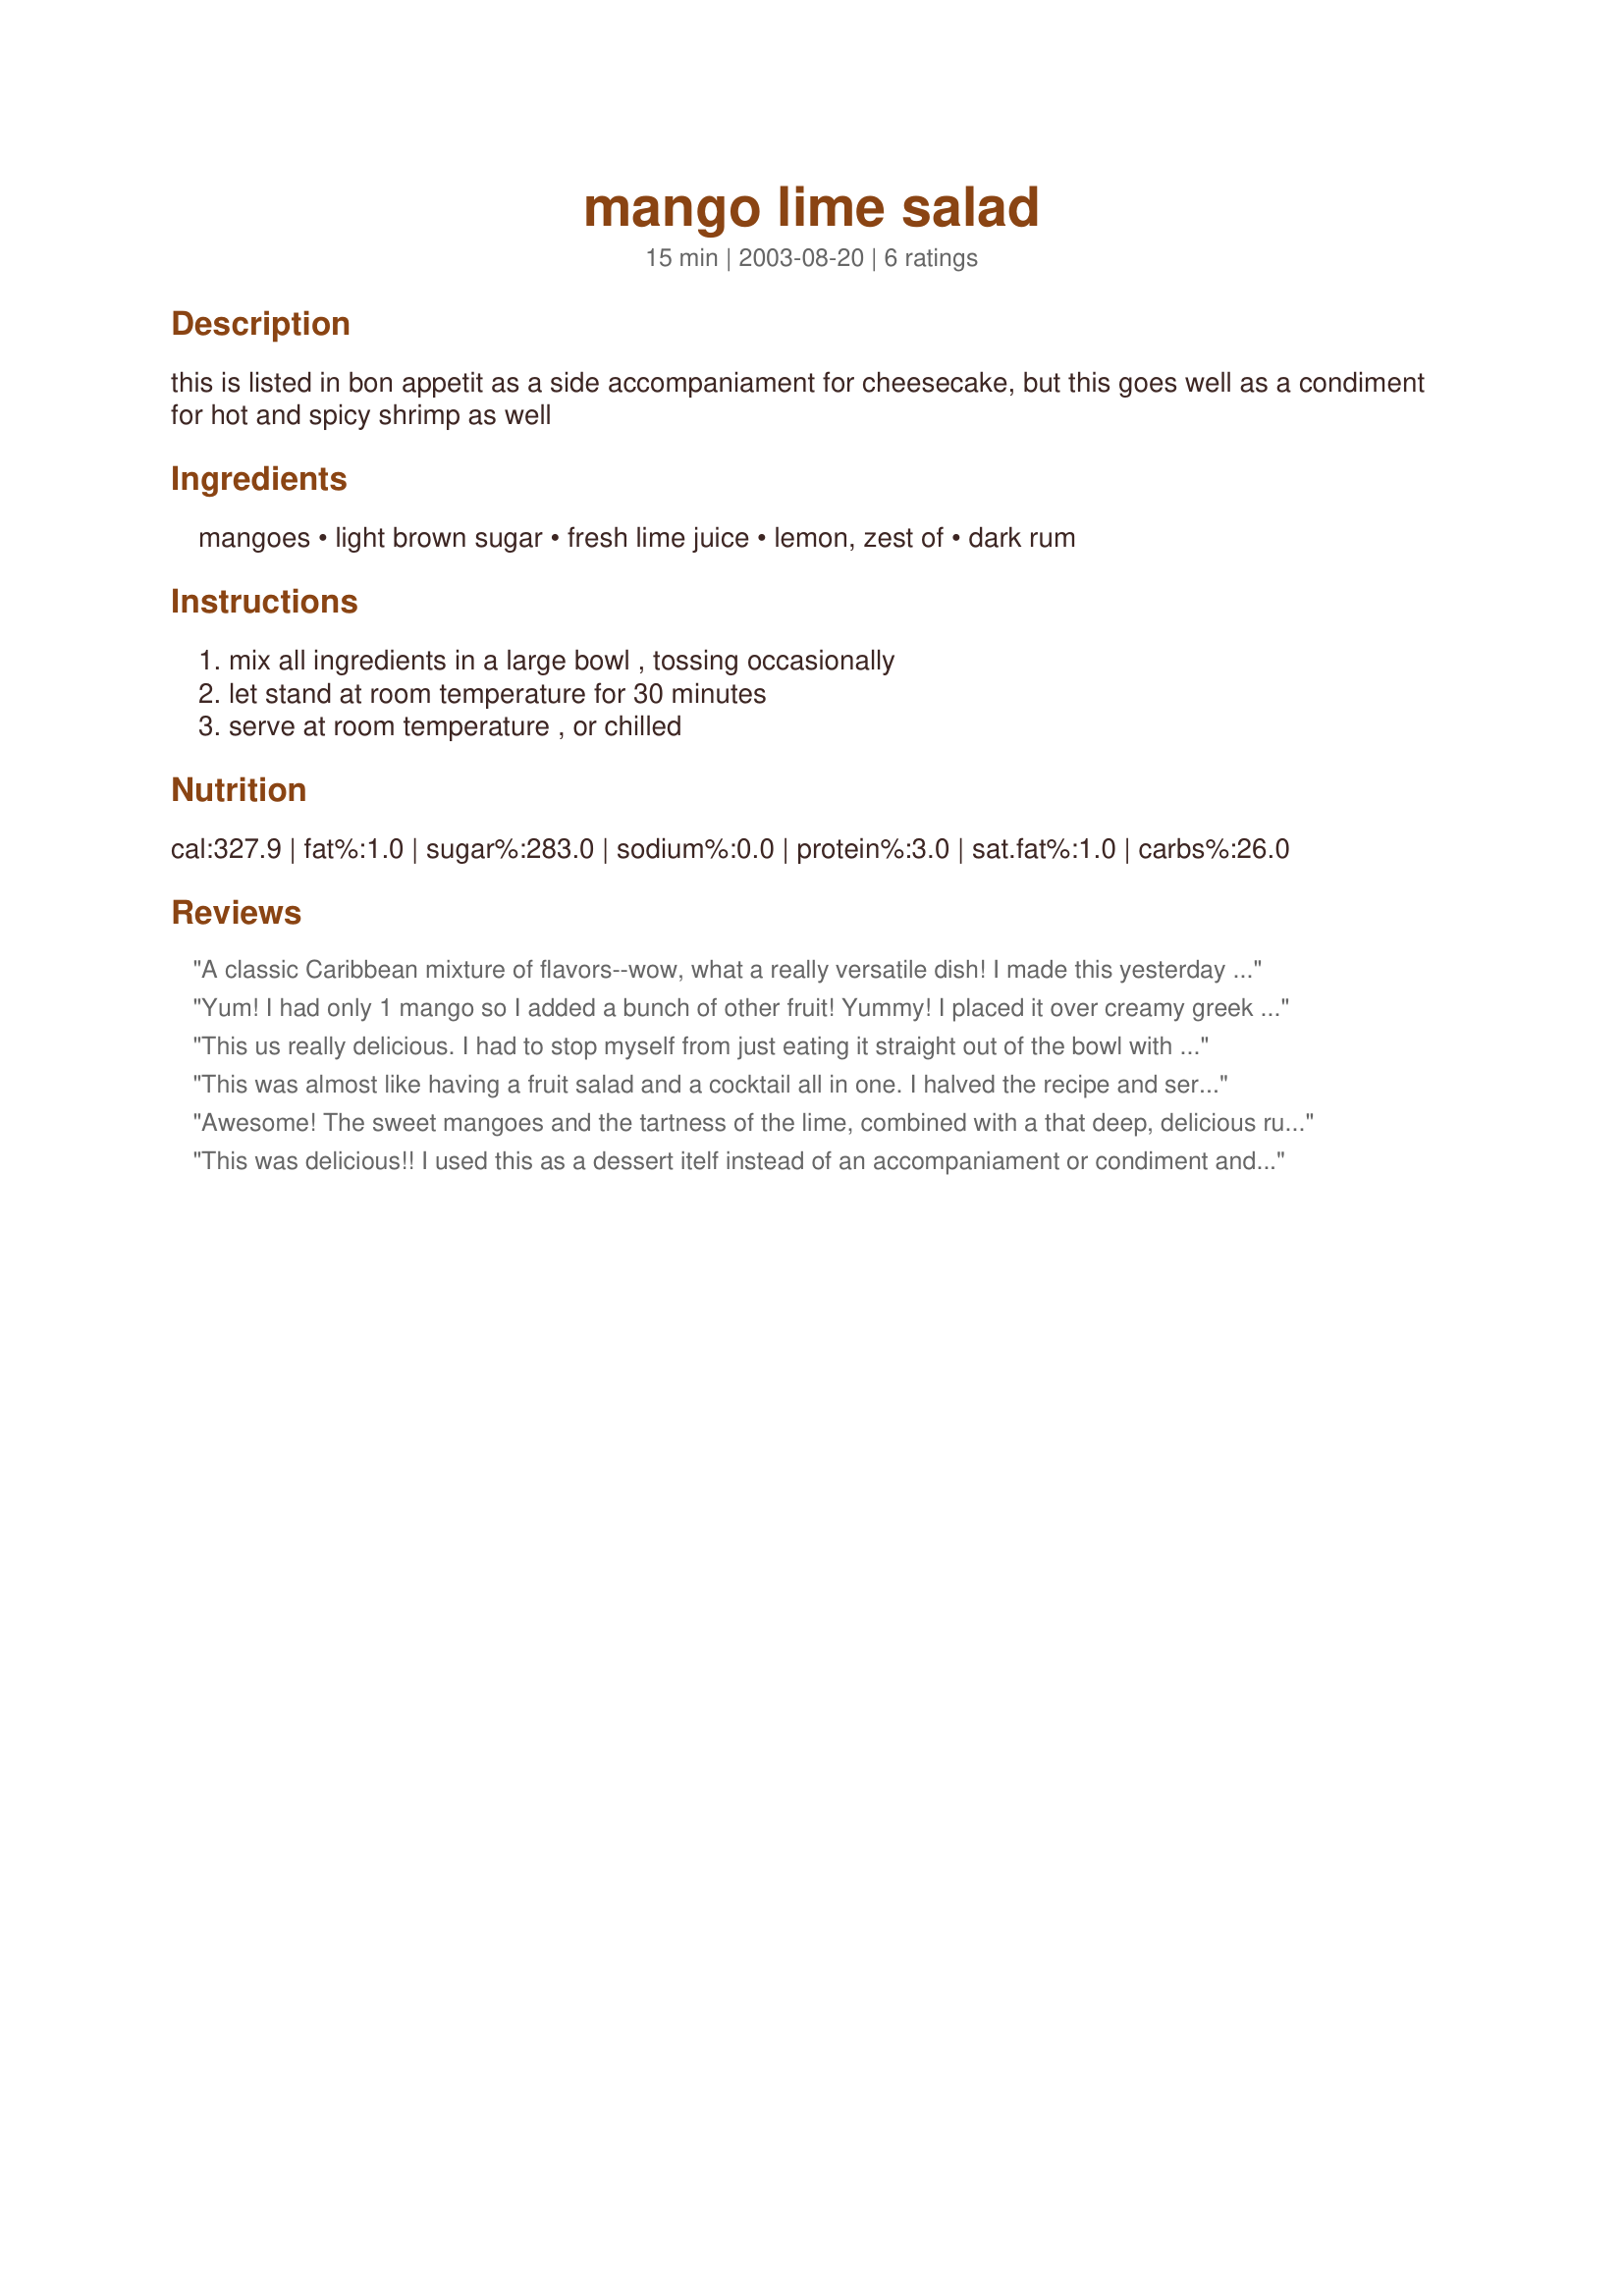
mango lime salad
Preparation time: 15 minutes

this is listed in bon appetit as a side accompaniament for cheesecake, but this goes well as a condiment for hot and spicy shrimp as well

Ingredients:
mangoes, light brown sugar, fresh lime juice, lemon, zest of, dark rum

Steps:
mix all ingredients in a large bowl , tossing occasionally, let stand at room temperature for 30 minutes, serve at room temperature , or chilled

Reviews:
A classic Caribbean mixture of flavors--wow, what a really versatile dish! I made this yesterday and had some spooned over baked tilapia, and then had some more over some vanilla frozen yogurt I was using up. Scrumptious!
Yum! I had only 1 mango so I added a bunch of other fruit! Yummy! I placed it over creamy greek yogurt! Thanks!
made for ZWT5.
This us really delicious. I had to stop myself from just eating it straight out of the bowl with a spoon! Had this as an accompaniament to some cajun spiced fish the other night. Thanks Chia
This was almost like having a fruit salad and a cocktail all in one. I halved the recipe and served it along side with your recipe #48303 for a lunch with a real Caribbean vibe. I did make a couple little embellishments..I sprinkled the finished salad with some flaked coconut and and bit of the lime zest and that worked well for both taste and visual appeal. When I got done eating the mango, there was still a ton of the lovely rummy juices in the bottom. I am not at all ashamed to say that I lifted up the bowl and drank it down :) Now, I feel like I should be jammin with you under the tropical sun! Made for Chow Hounds on ZWT5.
Awesome! The sweet mangoes and the tartness of the lime, combined with a that deep, delicious rum flavor was incredible. Fresh, light and original. I used Myer's Jamaican rum which has an incredible richness. I am so fond of this salad. Thanks, chia, for another winner! I really recommend this recipe.
This was delicious!! I used this as a dessert itelf instead of an accompaniament or condiment and it filled the role wonderfully! Reminded me of peach pie filling with the added tang from the lime juice.
